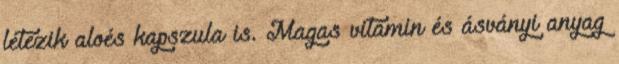
létezik aloés kapszula is. Magas vitamin és ásványi anyag